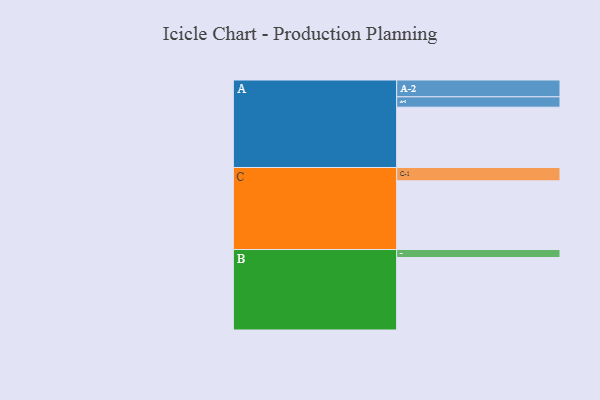
{"axis": {"x": "Segment", "y": "Value"}, "legend": ["", "A", "B", "C"], "data": [{"x": "A", "y": 430, "type": ""}, {"x": "B", "y": 517, "type": ""}, {"x": "C", "y": 490, "type": ""}, {"x": "A-1", "y": 74, "type": "A"}, {"x": "A-2", "y": 120, "type": "A"}, {"x": "B-1", "y": 57, "type": "B"}, {"x": "C-1", "y": 95, "type": "C"}]}